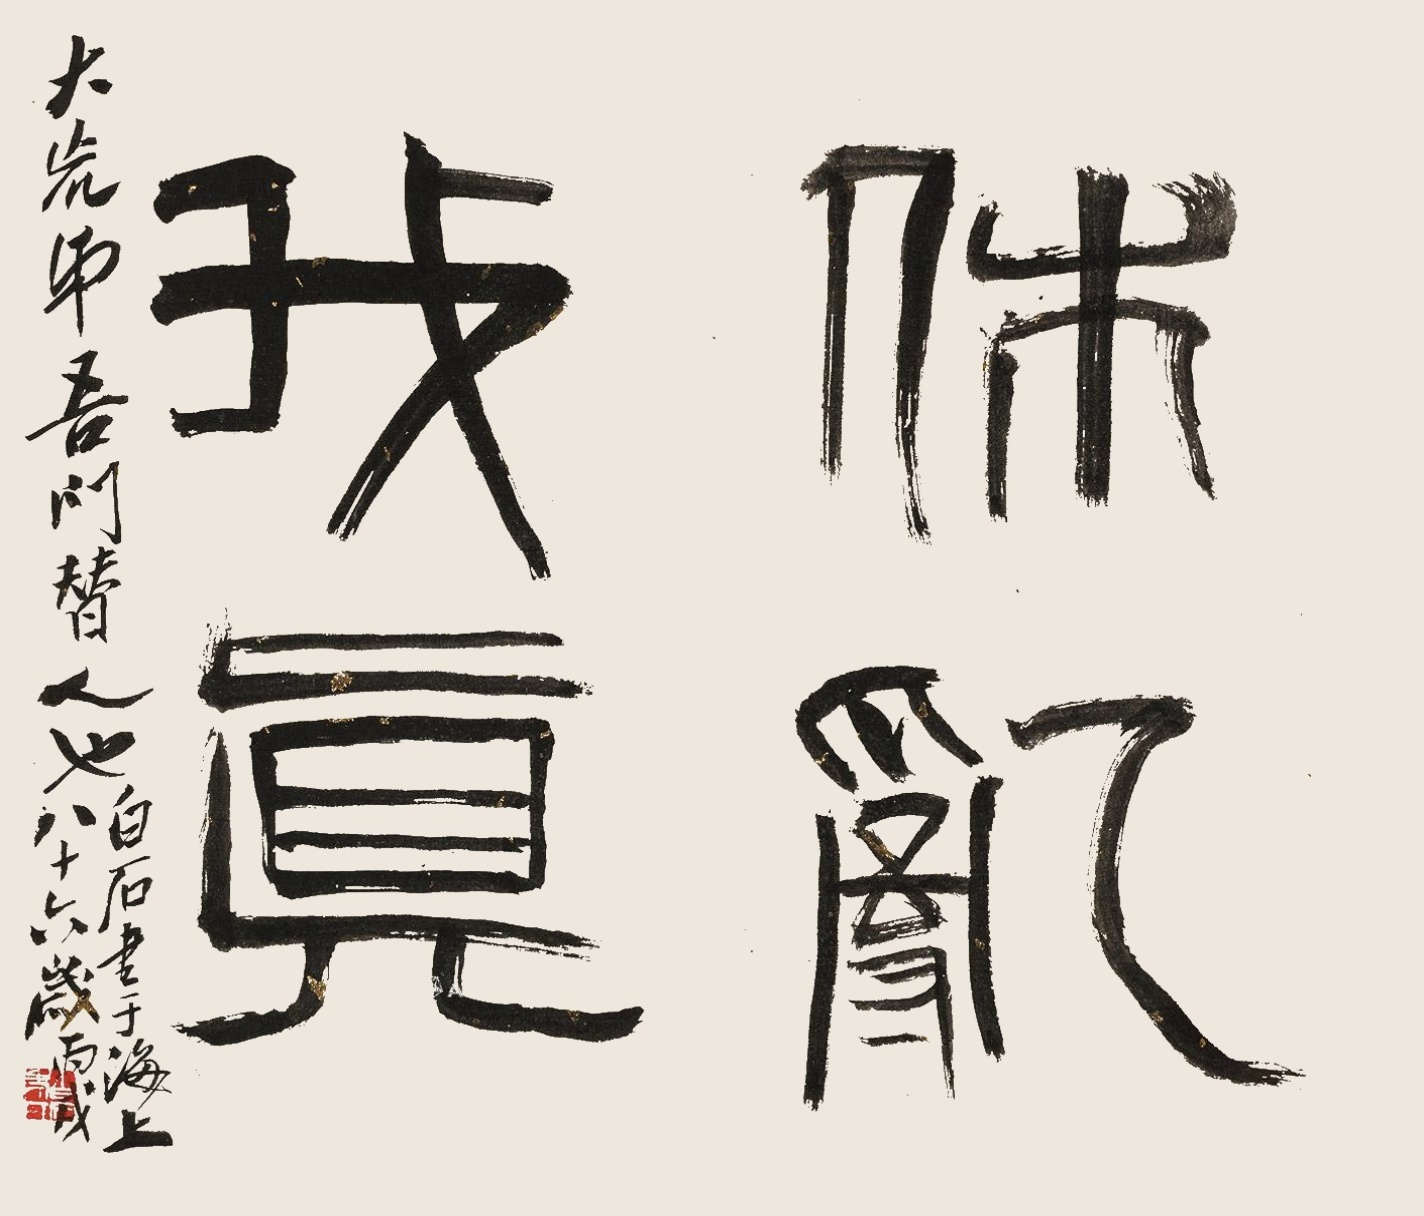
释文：休乱我真。大荒弟吾门替人也。白石书于海上八十六岁，丙戌。